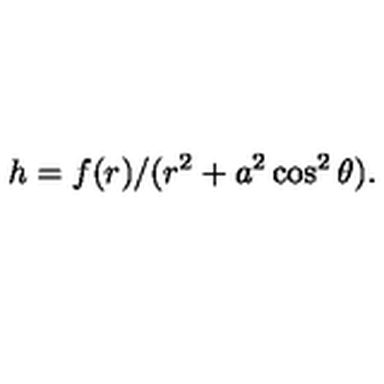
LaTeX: h = f ( r ) / ( r ^ { 2 } + a ^ { 2 } \cos ^ { 2 } \theta ) .